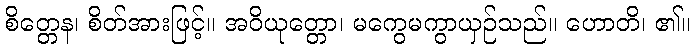
စိတ္တေန၊ စိတ်အားဖြင့်။ အဝိယုတ္တော၊ မကွေမကွာယှဉ်သည်။ ဟောတိ၊ ၏။